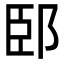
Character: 䢻